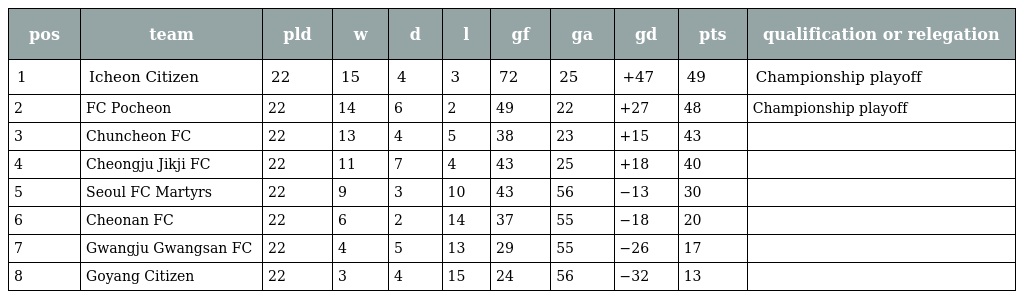
| pos | team | pld | w | d | l | gf | ga | gd | pts | qualification or relegation |
 | --- | --- | --- | --- | --- | --- | --- | --- | --- | --- | --- |
 | 1 | Icheon Citizen | 22 | 15 | 4 | 3 | 72 | 25 | +47 | 49 | Championship playoff |
 | 2 | FC Pocheon | 22 | 14 | 6 | 2 | 49 | 22 | +27 | 48 | Championship playoff |
 | 3 | Chuncheon FC | 22 | 13 | 4 | 5 | 38 | 23 | +15 | 43 |  |
 | 4 | Cheongju Jikji FC | 22 | 11 | 7 | 4 | 43 | 25 | +18 | 40 |  |
 | 5 | Seoul FC Martyrs | 22 | 9 | 3 | 10 | 43 | 56 | −13 | 30 |  |
 | 6 | Cheonan FC | 22 | 6 | 2 | 14 | 37 | 55 | −18 | 20 |  |
 | 7 | Gwangju Gwangsan FC | 22 | 4 | 5 | 13 | 29 | 55 | −26 | 17 |  |
 | 8 | Goyang Citizen | 22 | 3 | 4 | 15 | 24 | 56 | −32 | 13 |  |